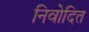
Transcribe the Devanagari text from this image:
निवोदित